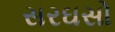
સરઘસો